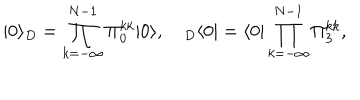
| 0 \rangle _ { D } = \prod _ { k = - \infty } ^ { N - 1 } \Pi _ { 0 } ^ { k k } | 0 \rangle , \quad { } _ { D } \langle 0 | = \langle 0 | \prod _ { k = - \infty } ^ { N - 1 } \Pi _ { 3 } ^ { k k } ,